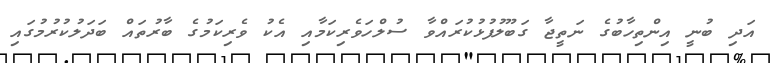
އަދި ބުނީ އިންތިހާބުގެ ނަތީޖާ ގަބޫލުފުޅުކުރައްވާ ސުލްހަވެރިކަމާއި އެކު ވެރިކަމުގެ ބާރުތައް ބަދަލުކުރުމުގައި